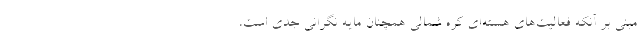
مبنی بر آنکه فعالیت‌های هسته‌ای کره شمالی همچنان مایه نگرانی جدی است،